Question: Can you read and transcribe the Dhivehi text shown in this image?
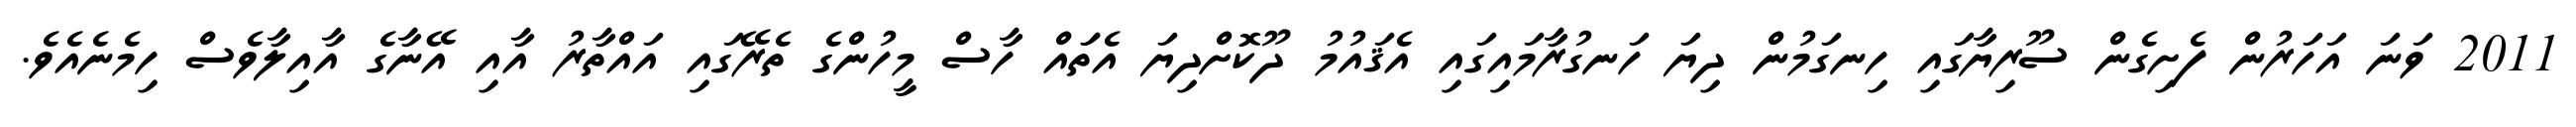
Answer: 2011 ވަނަ އަހަރުން ފެށިގެން ސޫރިޔާގައި ހިނގަމުން ދިޔަ ހަނގުރާމައިގައި އެޤައުމު ދޫކޮށްދިޔަ އެތަައް ހާސް މީހުންގެ ތެރޭގައި އައްތާރު އާއި އޭނާގެ އާއިލާވެސް ހިމެނެއެވެ.